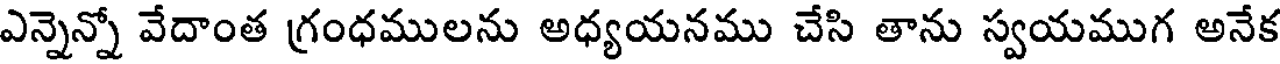
ఎన్నెన్నో వేదాంత గ్రంధములను అధ్యయనము చేసి తాను స్వయముగ అనేక